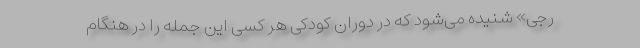
َرَجی» شنیده می‌شود که در دوران کودکی هر کسی این جمله را در هنگام